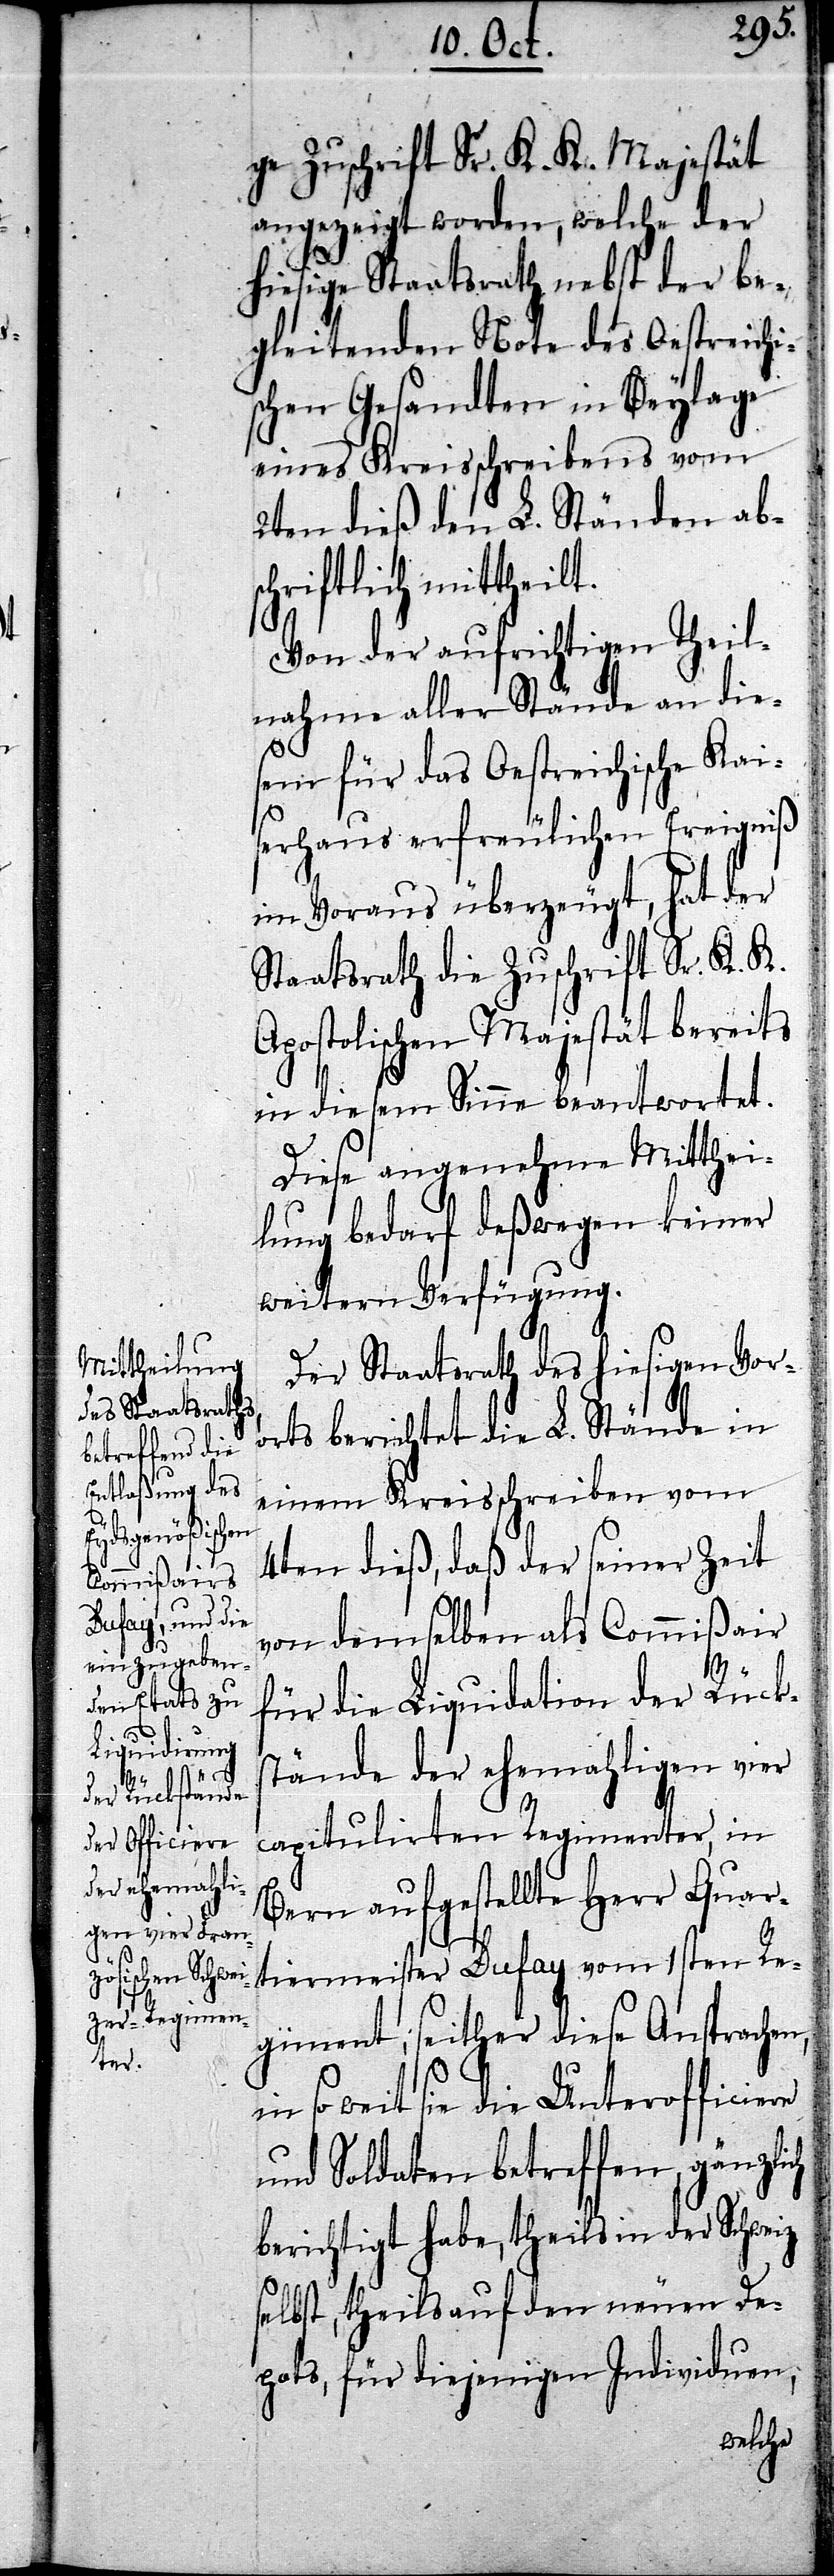
ge Zuschrift Sr. K. K. Majestät
angezeigt worden, welche der
hiesige Staatsrath nebst der be¬
gleitenden Note des Oestreichi¬
schen Gesandten in Beylage
eines Kreisschreibens vom
2ten dieß den L. Ständen abs¬
chriftlich mittheilt.
Von der aufrichtigen Theil¬
nahme aller Stände an die¬
sem für das Oesteichische Kai¬
serhaus erfreulichen Ereigniß
im Voraus überzeugt, hat der
Staatsrath die Zuschrift Sr. K. K.
Apostolischen Majestät bereits
in diesem Sinne beantwortet.
Diese angenehme Mitthei¬
lung bedarf deßwegen keiner
weitern Verfügung.
Der Staatsrath des hiesigen Vor¬
orts berichtet die L. Stände in
einem Kreisschreiben vom
4ten dieß, daß der seiner Zeit
von demselben als Commißair
für die Liquidation der Rücks¬
tände der ehemahligen vier
capitulirten Regimenter, in
Bern aufgestellte Herr Quar¬
tiermeister Dufay vom 1sten Re¬
giment, seither diese Ansprachen,
so weit sie die Unterofficiere
und Soldaten betreffen, gänzlich
berichtigt habe, theils in der Schweiz
selbst, theils auf den neuen De¬
pots, für diejenigen Individuen,